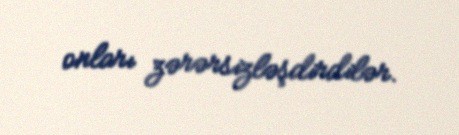
onları zərərsizləşdirdilər.